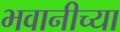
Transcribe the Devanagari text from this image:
भवानीच्या